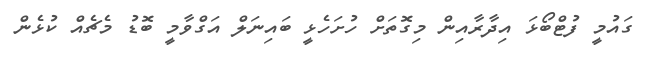
ގައުމީ ފުޓްބޯޅަ އިދާރާއިން މިގޮތަށް ހުށަހެޅީ ބައިނަލް އަގްވާމީ ބޮޑު މެޗެއް ކުޅެން